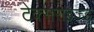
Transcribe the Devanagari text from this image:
टेक्सराइज़्ड